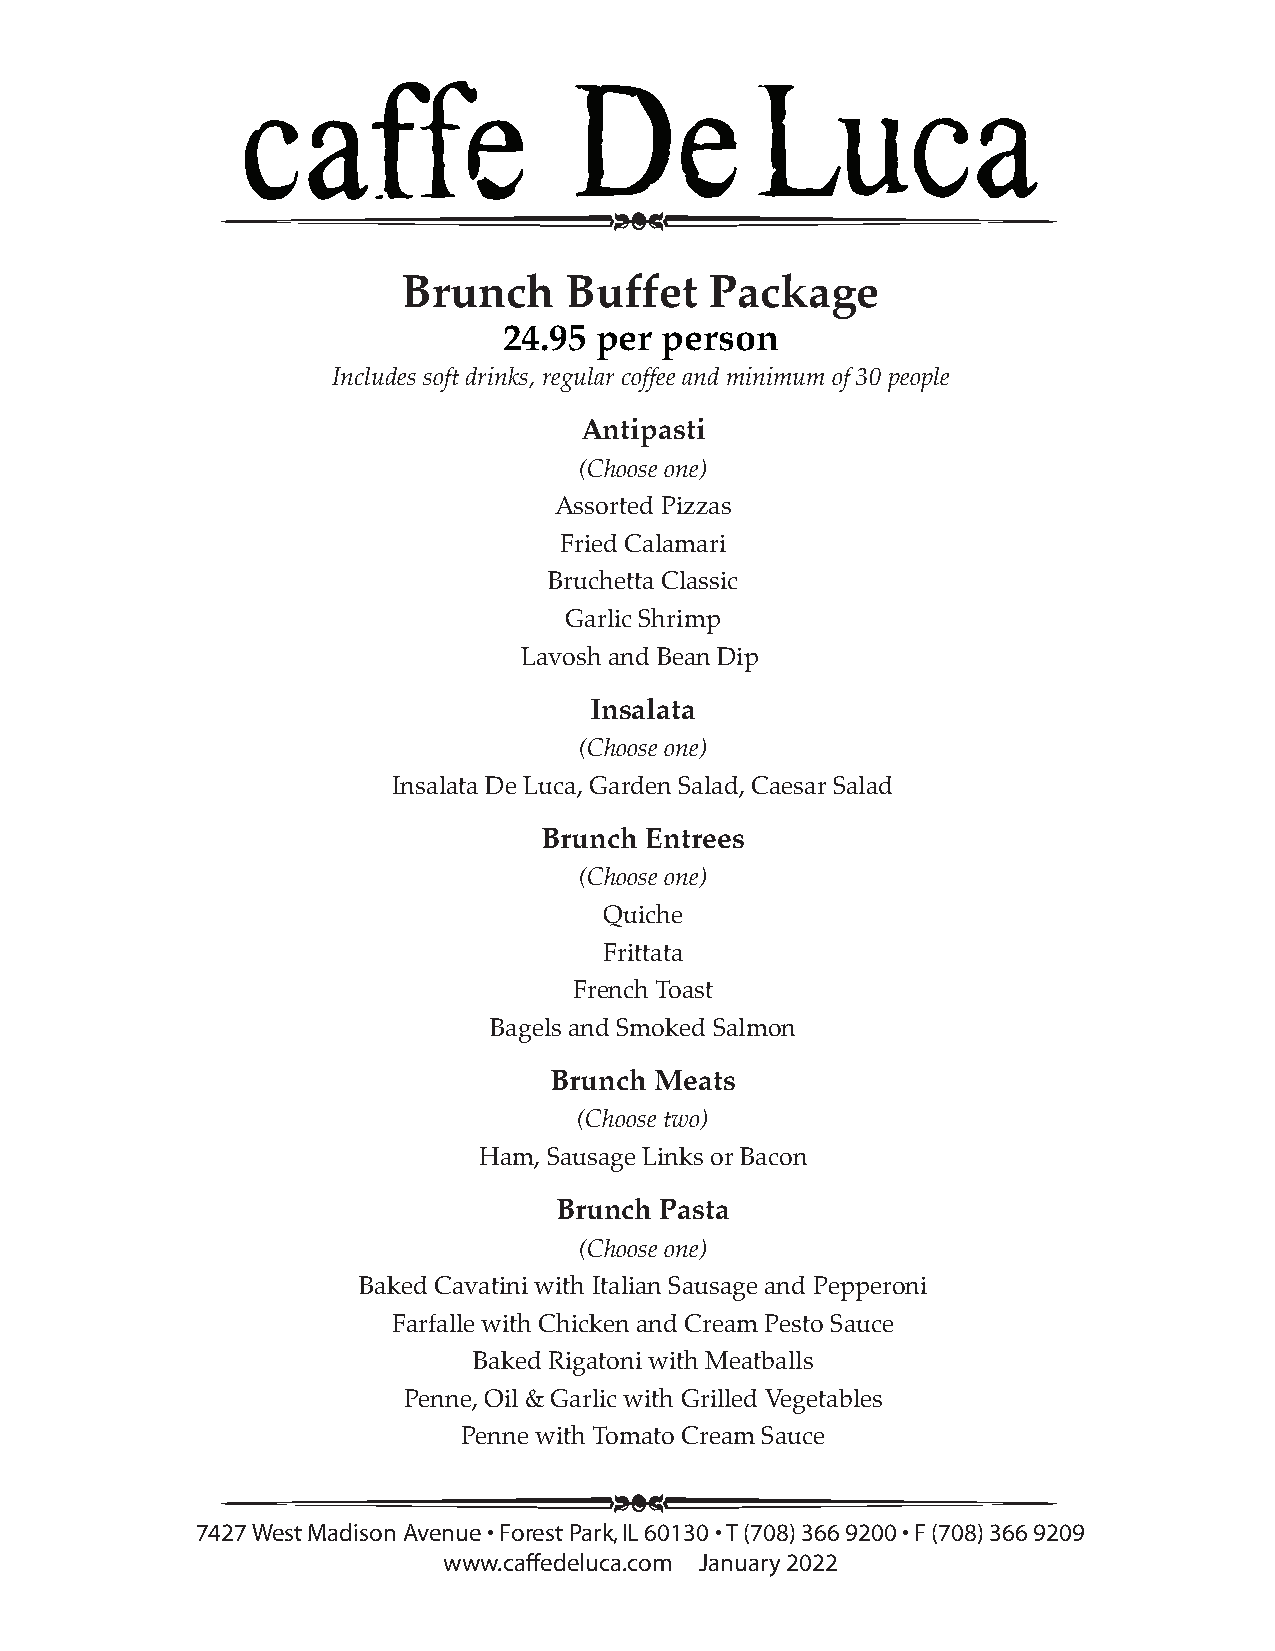
Brunch    Buffet    Package
 24.95 per  person
 Includes soft drinks, regular coffee and minimum of 30 people
 Antipasti
 (Choose one)
 Assorted Pizzas
 Fried Calamari
 Bruchetta Classic
 Garlic Shrimp
 Lavosh and Bean Dip
 Insalata
 (Choose one)
 Insalata De Luca, Garden Salad, Caesar Salad
 Brunch Entrees
 (Choose one)
 Quiche
 Frittata
 French Toast
 Bagels and Smoked Salmon
 Brunch Meats
 (Choose two)
 Ham, Sausage Links or Bacon
 Brunch Pasta
 (Choose one)
 Baked Cavatini with Italian Sausage and Pepperoni
 Farfalle with Chicken and Cream Pesto Sauce
 Baked Rigatoni with Meatballs
 Penne, Oil & Garlic with Grilled Vegetables
 Penne with Tomato Cream Sauce
 7427 West Madison Avenue • Forest Park, IL 60130 • T (708) 366 9200 • F (708) 366 9209
 www.caffedeluca.com January 2022